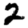
Digit: 2